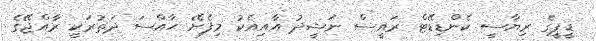
ޑީޕީގެ ރިޔާސީ ކެންޑިޑޭޓް ރައީސް ނަޝީދު އާއިއެކު މިފެށޭ ޙާއްސަ ދަތުރަކީ ރާއްޖޭގެ